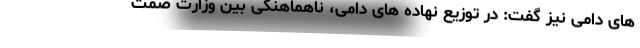
های دامی نیز گفت: در توزیع نهاده های دامی،‌ ناهماهنگی بین وزارت صمت